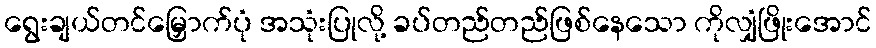
ရွေးချယ်တင်မြှောက်ပုံ အသုံးပြုလို့ ခပ်တည်တည်ဖြစ်နေသော ကိုလျှံဖြိုးအောင်